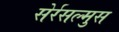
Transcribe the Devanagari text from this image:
सेर्रसल्मुस